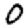
Digit: 0